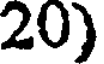
20)